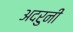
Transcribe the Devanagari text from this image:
अदरुनी